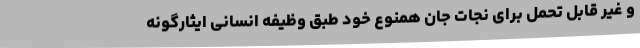
و غیر قابل تحمل برای نجات جان همنوع خود طبق وظیفه انسانی ایثارگونه